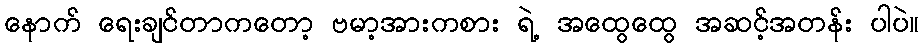
နောက် ရေးချင်တာကတော့ ဗမာ့အားကစား ရဲ့ အထွေထွေ အဆင့်အတန်း ပါပဲ။